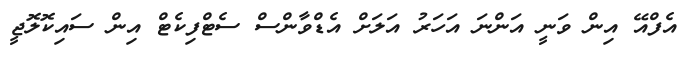
އެފްއޭ އިން ވަނީ އަންނަ އަހަރު އަލަށް އެޑްވާންސް ސެޓްފިކެޓް އިން ސައިކޮލޮޖީ